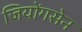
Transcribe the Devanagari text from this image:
जियोंगसेन